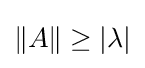
\left\|A\right\|\geq |\lambda |